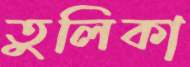
তুলিকা